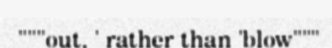
"""out, ' rather than 'blow"""